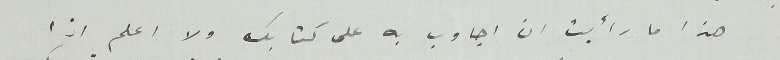
هذا ما رأيت ان اجاوب به على كتابك ولا اعلم اذا